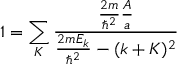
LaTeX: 1 = \sum _ { K } { \frac { { \frac { 2 m } { \hbar ^ { 2 } } } { \frac { A } { a } } } { { \frac { 2 m E _ { k } } { \hbar ^ { 2 } } } - ( k + K ) ^ { 2 } } }